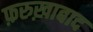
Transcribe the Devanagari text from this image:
फ़रुख़ाबाद